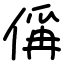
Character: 偁